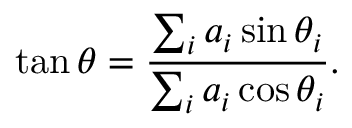
\tan \theta = { \frac { \sum _ { i } a _ { i } \sin \theta _ { i } } { \sum _ { i } a _ { i } \cos \theta _ { i } } } .